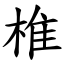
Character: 椎